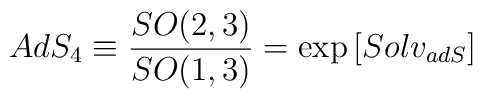
AdS_4 \equiv \frac{SO(2,3)}{SO(1,3)} = \exp \left [ Solv_{adS}  \right]